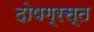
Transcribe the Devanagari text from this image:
दोषग्रस्त